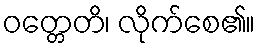
ဝတ္တေတိ၊ လိုက်စေ၏။